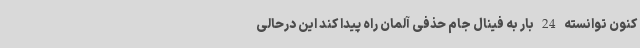
کنون توانسته 24 بار به فینال جام حذفی آلمان راه پیدا کند این درحالی